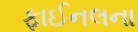
ફાઈનલના